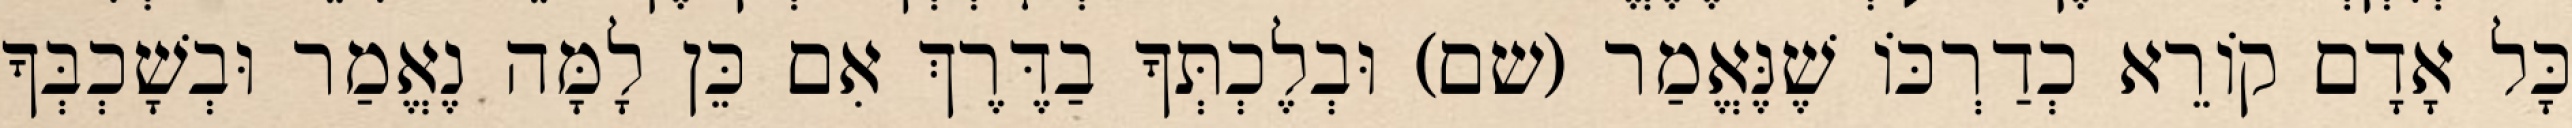
כָּל אָדָם קוֹרֵא כְדַרְכּוֹ שֶׁנֶּאֱמַר (שם) וּבְלֶכְתְּךָ בַדֶּרֶךְ אִם כֵּן לָמָּה נֶאֱמַר וּבְשָׁכְבְּךָ